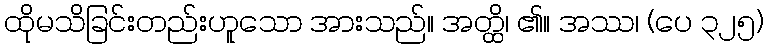
ထိုမသိခြင်းတည်းဟူသော အားသည်။ အတ္ထိ၊ ၏။ အဿ၊ (ပေ ၃၂၅)